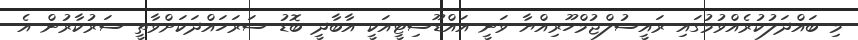
މި ބައްދަލުކުރެއްވުމުގައި ރައީސުލްޖުމްހޫރިއްޔާ ވަނީ އައްޑޫސިޓީއަކީ އާބާދީ ބޮޑު ސަރަހައްދަކަށްވާތީ ސަރުކާރުން އެ